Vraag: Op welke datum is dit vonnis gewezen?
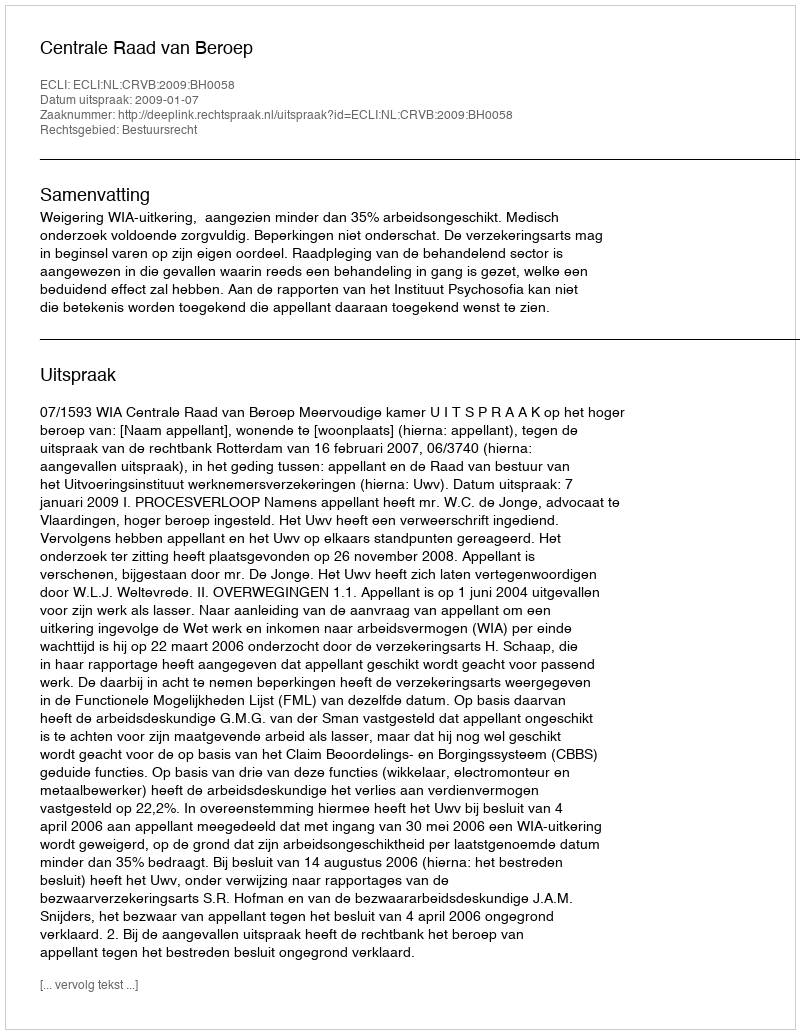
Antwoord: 2009-01-07